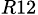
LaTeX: _{R12}